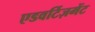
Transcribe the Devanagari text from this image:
एडवर्टिज़मेंट